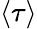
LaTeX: \langle\tau\rangle